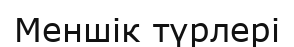
Меншік түрлері